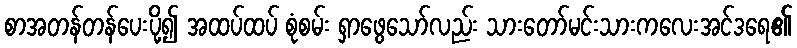
စာအတန်တန်ပေးပို့၍ အထပ်ထပ် စုံစမ်း ရှာဖွေသော်လည်း သားတော်မင်းသားကလေးအင်ဒရေ၏